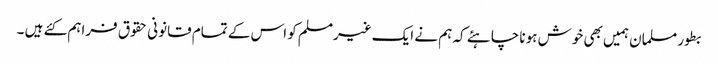
بطور مسلمان ہمیں بھی خوش ہونا چاہئے کہ ہم نے ایک غیرمسلم کو اس کے تمام قانونی حقوق فراہم کئے ہیں ۔